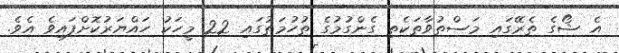
އެ ޝޯގެ ތެރޭގައި މަސްތުވާތަކެތި ގެންގުމުގެ ތުހުމަތުގައި 22 މީހަކު ހައްޔަރުކޮށްފައިވެ އެވެ.